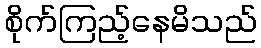
စိုက်ကြည့်နေမိသည်